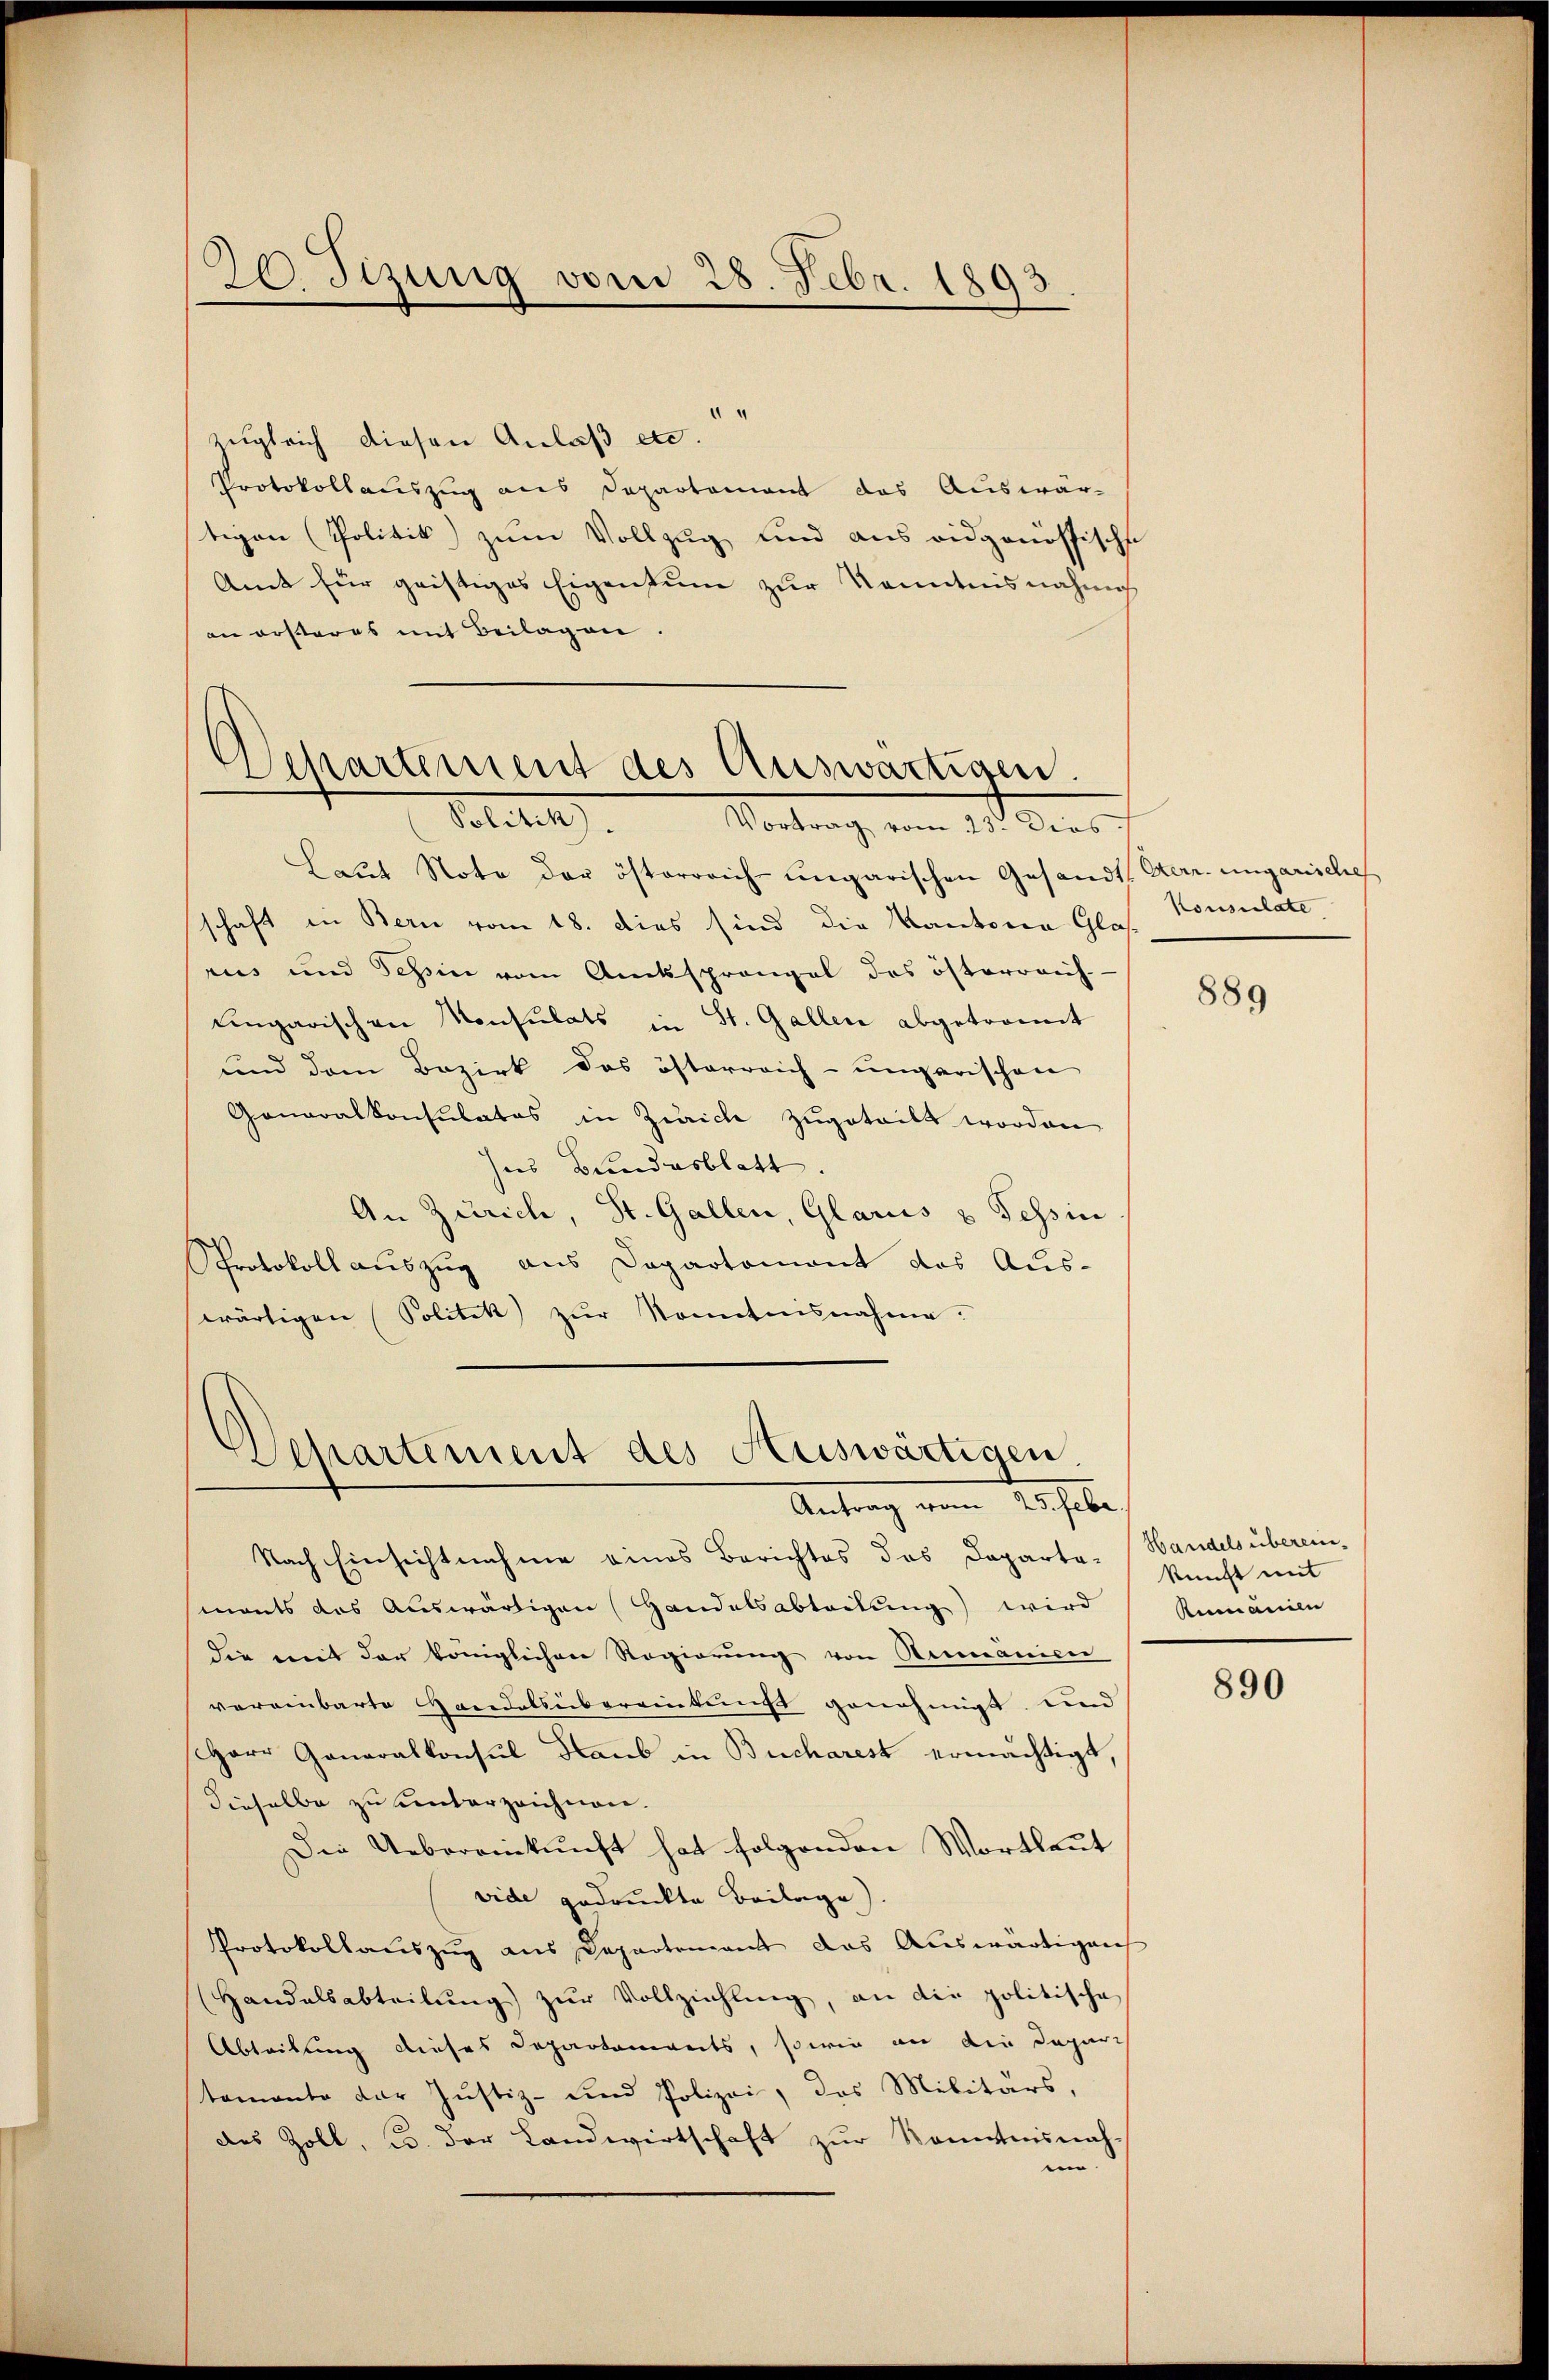
20 Sizung vom 28. Febr. 1893

zugleich diesen Anlaß etc.
Protokollauszug aus Departement das Auswär-
tigen (Politik zum Vollzug und aus eidgenössische
Amt für geistiges Eigentum zur Kenntnisnahme
an ersteres mit Beilagen.

Separtement des Auswärtigen.
Solten.
Vortrag vom 23. dies

Laŭt Note der österreich-ungarischen Gesandt. Herr. ungarische
schaft in Bern vom 18. dies sind die Kantonen Glas Consulate
rus und Tessin vom Amtssprangel des österreich-
Eingarischen Konsulats in St. Gallen abgetronnt
und dem Bezirk das österreich-ungarischen
Ganaralkonsulatos in Zürich zugeteilt worden
ses Bundesblatt.
An Zürich, St. Gallen, Glarus & Tessin
Protokollauszug aus Departemont das Aus-
wärtigen Solitik zŭr Kenntnisnahme.

Wehartement des Auswärtigen
Antrag vom 10 habe

Nach Einsichtnahme eines Berichtes das Departa-Handels überein-
monts das Auswärtigen Handelsabteilung) wird
die mit der königlichen Regierŭng von Rumänicer
vereinbarte Handelsübereinkunft genehmigt, und
Herr Generalkonsul Haus in Bucharest ermächtigt,
dieselbe zu unterzeichnen.
Die Uebereinkunft hat folgenden Wortlaut
vide gedruckte Beilage)
Protokollaŭszŭg aŭs Departement das Auswärtigen
Handelsabteilŭng zŭr Vollziehlung, an die politische
Abteilung dieses Departements, sowie an die Depari
stamento der Justiz- und Polizei, das Militärs,
des Zoll, u. der Landwirtschaft zur Kenntnisnah-
n

889

kunft mit
Rumänien

890